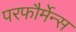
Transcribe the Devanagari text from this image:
परफौर्मेन्स